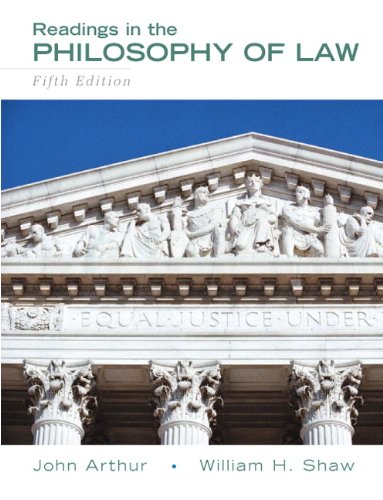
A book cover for Readings in the Philosophy of Law (5th Edition); John Arthur; Law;